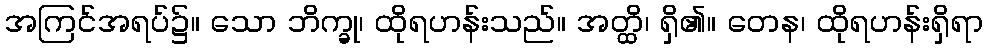
အကြင်အရပ်၌။ သော ဘိက္ခု၊ ထိုရဟန်းသည်။ အတ္ထိ၊ ရှိ၏။ တေန၊ ထိုရဟန်းရှိရာ